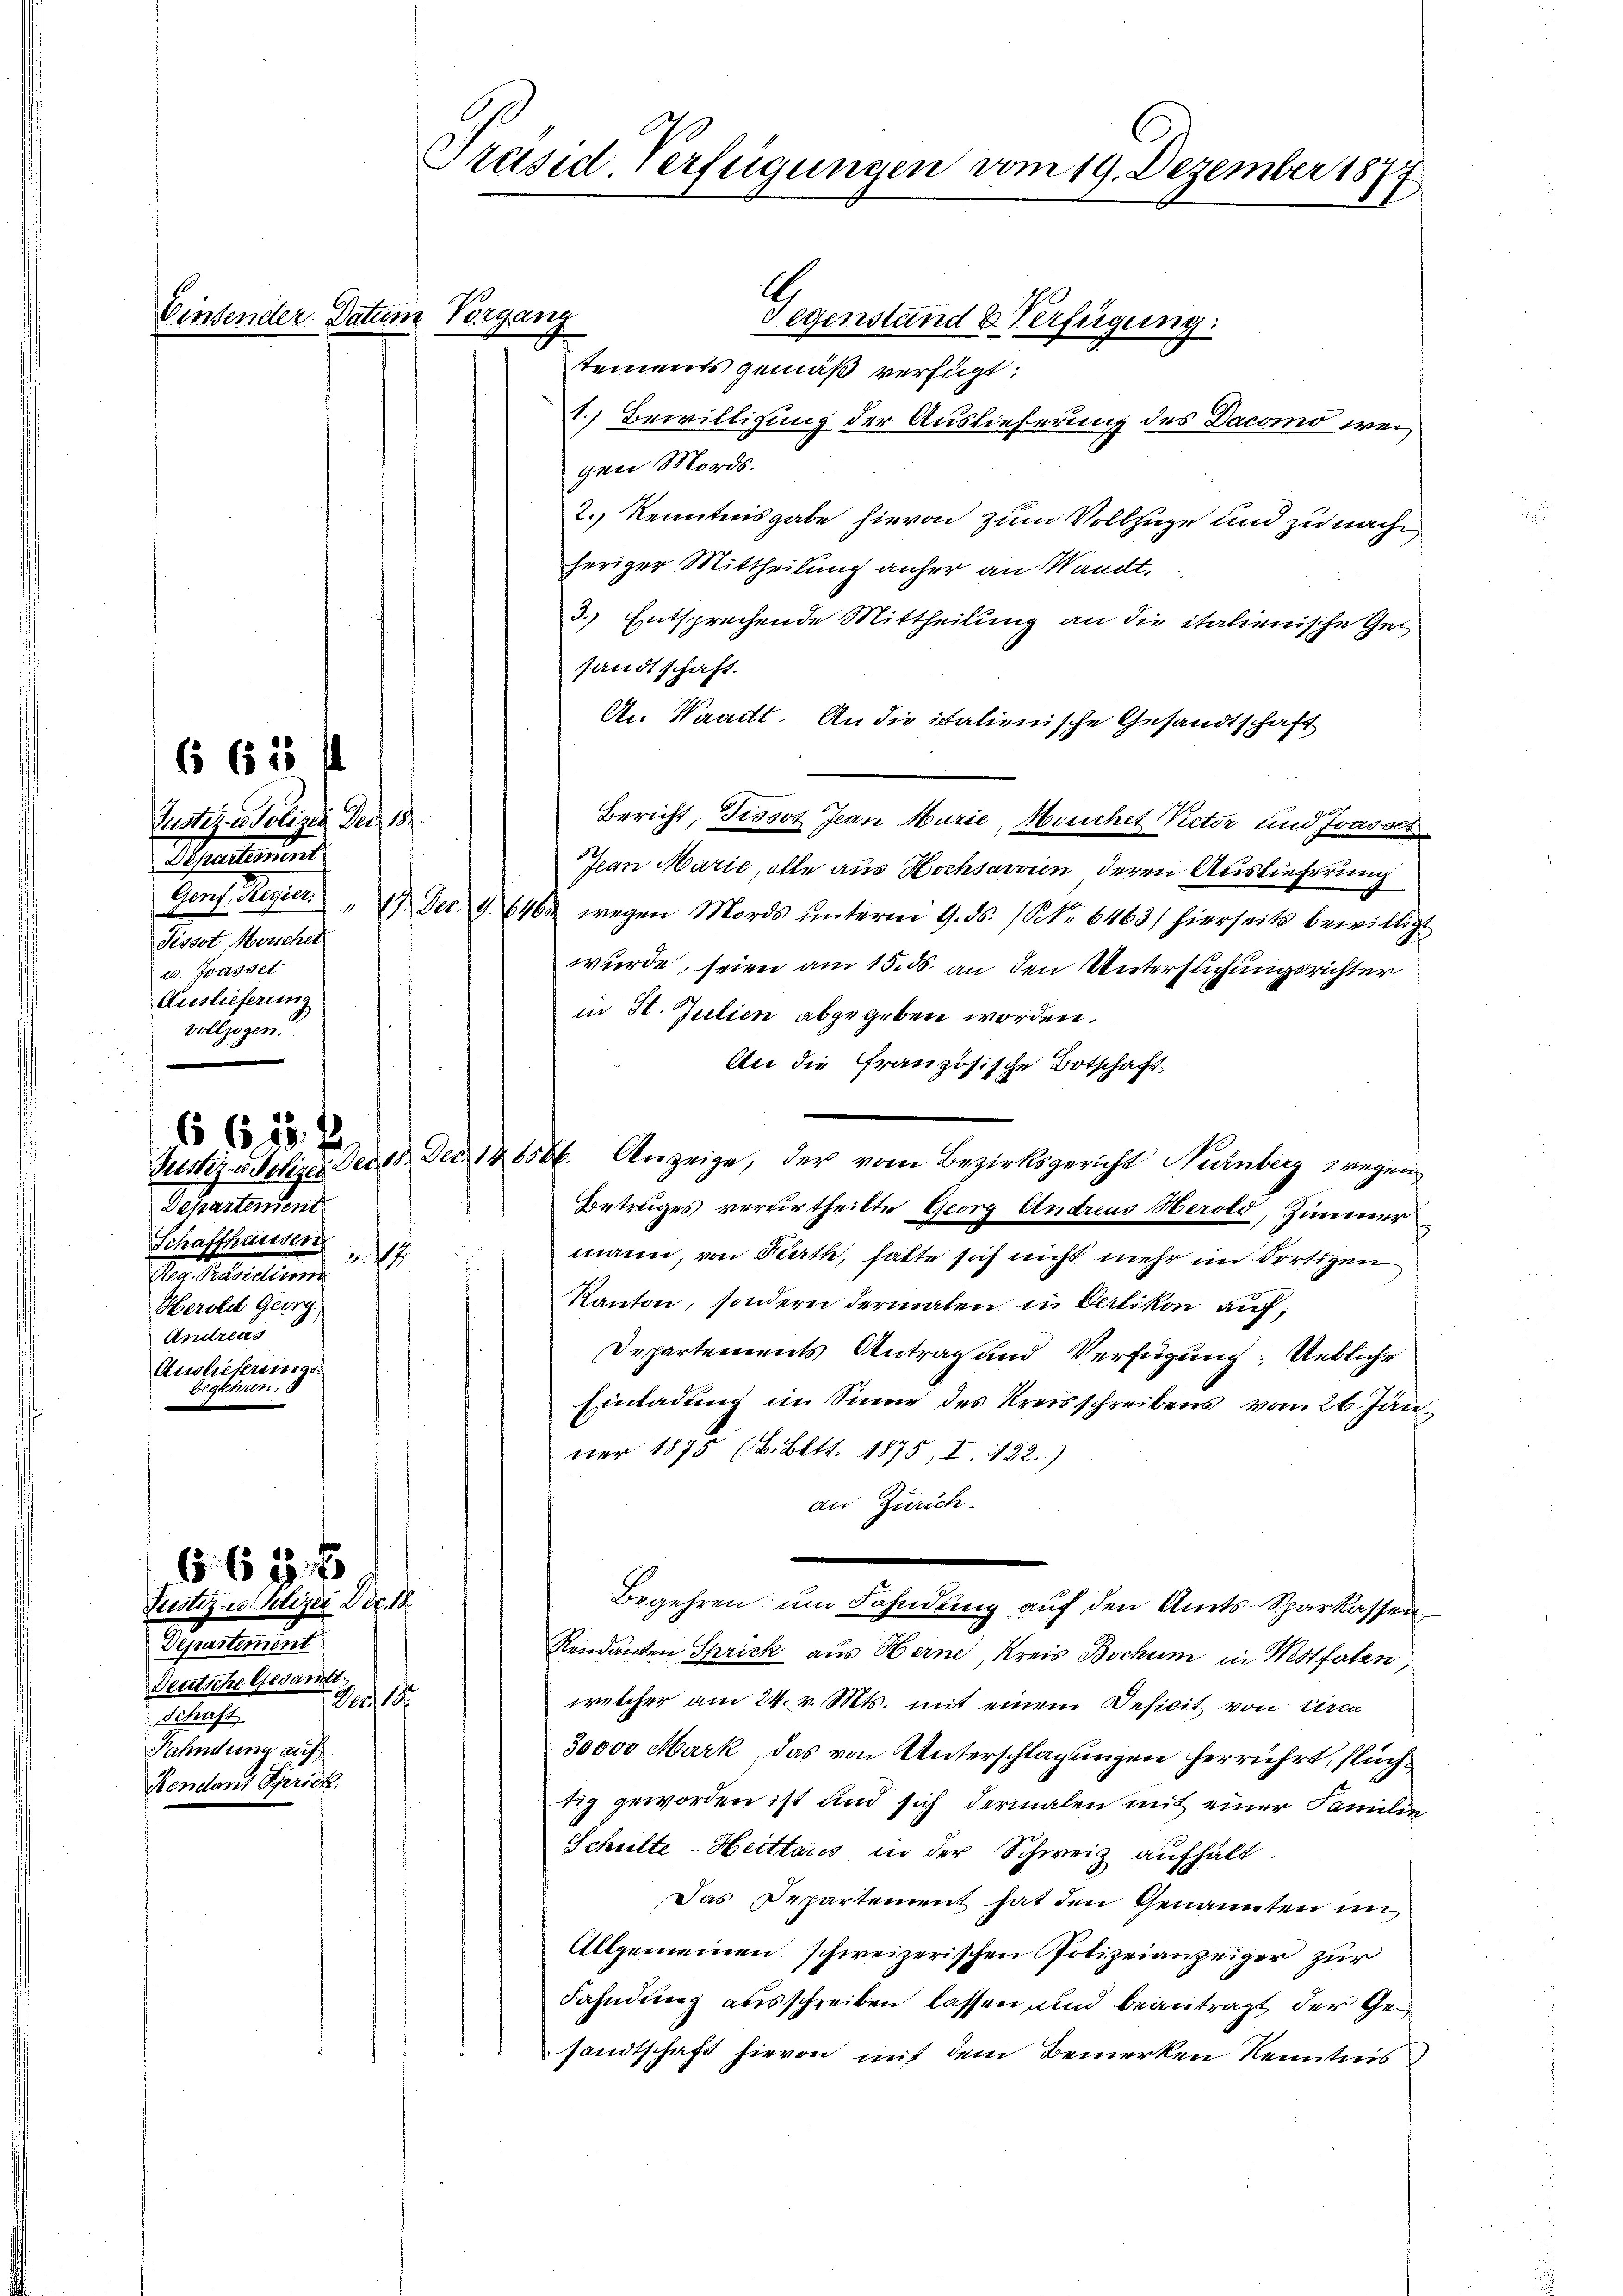
6 65 ff

655 f

Einsender Datum Vorgang

Justiz in Polizei Der 18
Departement
Tissot Morschet
c. Wasset
Auslieferung
vollzogen.

Dehartement
Schaffhausen
2.
Der Seelen
Herold Georg
Andreis
Auslieferung.
begehren.

65 f 23 x
Justiz- u. Polizei Dec. 18
Departement
Deutsche Gesamt.
 Der 18
Schaft
Kahmung auf
Kendant Sprick.

Präsid. Verfügungen vom 19. Dezember 1877
3

A
Gegenstand & Verfügung:
tements gemäß verfügt:
1. Bewilligung der Auslieferung des Dacomo weigen Mords.
2., Kenntnisgabe hievon zum Vollzüge und zu nach
heriger Mittheilung anher an Waadt.
3.) Entsprechende Mittheilung an die italienische Gei
sandtschaft.
A. Waadt. An die italienische Gesandtschaft
Bericht; Tissot Jean Marie, Meuchet Victor und Joasser
Pan Marie, alle aus Hochsarvien deren Auslieferung
Gens. Regier. 17. Dez. 9. 646 wegen Mords ŭnterm 9. ds. (Nr. 6463/ hierseits bewillig
wurde, seien am 15. ds. an den Untersuchungsrichter
in St. Julien abgegeben worden.
An die französische Botschaft
Justiz- u Polizei der 18. Dec. 186566. Anzeige, der vom Bezirksgericht Nürnberg wegen
Betruges verurtheilte Georg Andreas Herold, Zimmer

mann, von Rath, hatte sich nicht mehr im dortigen
Kanton, sondern dermalen in Oerlikon auf,
Departements Antrag und Verfügung. Uebliche
t
Einladung im Sinne des Kreisschreibens vom 26. Jan.
ner 1875 (B. Bett. 1875, I. 122.)
an Zürich.
Begehren um Fahndung auf den Amts-Sparkassen,
Rendanten Sprick aus Berne, Kreis Bochum in Westfalen,
welcher am 24. v. Mts. mit einem Deficit von Circa
30000 Mark, das von Unterschlagungen herrührt, flüchtig geworden ist und sich dermalen mit einer Familie
Schulte-Heittares in der Schweiz aufhält.
Das Departement hat den Genannten in
Allgemeinen schweizerischen Polizeianzeiger zur
Fahndung ausschreiben lassen, und beantragt der Gesandtschaft hievon mit dem Bemerken Kenntnis